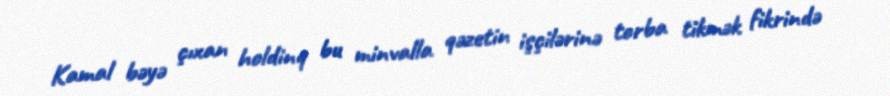
Kamal bəyə çıxan holdinq bu minvalla qəzetin işçilərinə torba tikmək fikrində